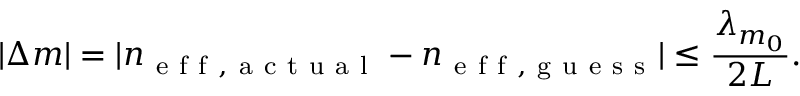
| \Delta m | = | n _ { \mathrm { ~ e ~ f ~ f ~ , ~ a ~ c ~ t ~ u ~ a ~ l ~ } } - n _ { \mathrm { ~ e ~ f ~ f ~ , ~ g ~ u ~ e ~ s ~ s ~ } } | \leq \frac { \lambda _ { m _ { 0 } } } { 2 L } .